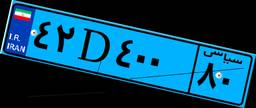
۱۷D۶۱۹۹۷